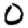
Digit: 0